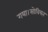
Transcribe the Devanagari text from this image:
गया।सोवियत